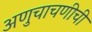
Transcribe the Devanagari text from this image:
अणुचाचणीची